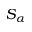
S _ { \alpha }